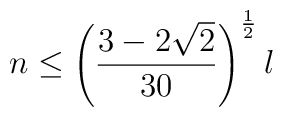
n \le \left({3-2\sqrt{2} \over 30} \right)^{1\over 2}l